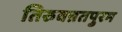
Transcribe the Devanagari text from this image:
तिरुवन्नतपुरम